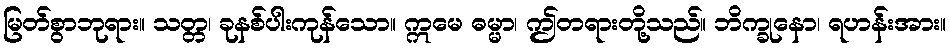
မြတ်စွာဘုရား။ သတ္တ၊ ခုနစ်ပါးကုန်သော။ ဣမေ ဓမ္မာ၊ ဤတရားတို့သည်။ ဘိက္ခုနော၊ ရဟန်းအား။